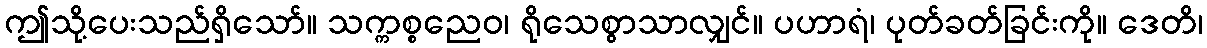
ဤသို့ပေးသည်ရှိသော်။ သက္ကစ္စညေဝ၊ ရိုသေစွာသာလျှင်။ ပဟာရံ၊ ပုတ်ခတ်ခြင်းကို။ ဒေတိ၊